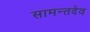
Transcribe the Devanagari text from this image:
सामन्तदेव